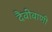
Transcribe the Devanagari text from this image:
दैवीवाणी